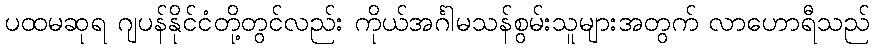
ပထမဆုရ ဂျပန်နိုင်ငံတို့တွင်လည်း ကိုယ်အင်္ဂါမသန်စွမ်းသူများအတွက် လာဟောရီသည်